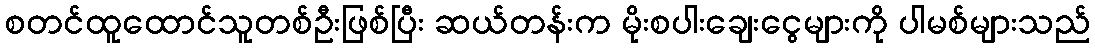
စတင်ထူထောင်သူတစ်ဦးဖြစ်ပြီး ဆယ်တန်းက မိုးစပါးချေးငွေများကို ပါမစ်များသည်